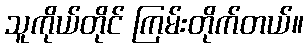
သူကိုယ်တိုင် ကြမ်းတိုက်တယ်။